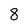
Character: 8